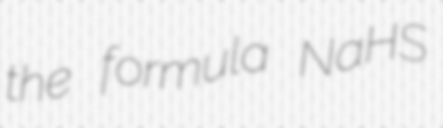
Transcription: the formula NaHS